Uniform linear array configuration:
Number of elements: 32
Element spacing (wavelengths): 0.25
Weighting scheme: exponential
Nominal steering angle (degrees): -15
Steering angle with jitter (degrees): -15.649
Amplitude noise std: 0.05
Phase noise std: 0.05

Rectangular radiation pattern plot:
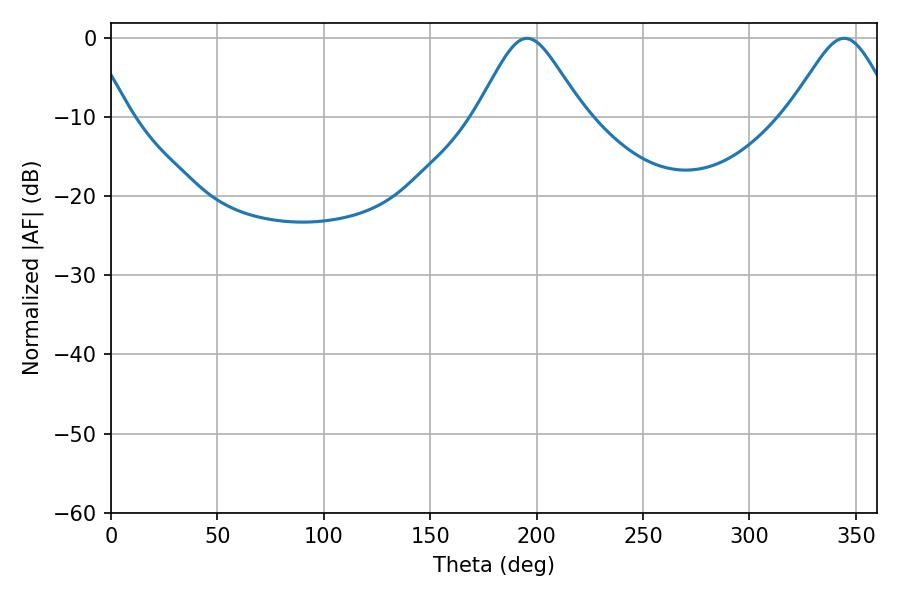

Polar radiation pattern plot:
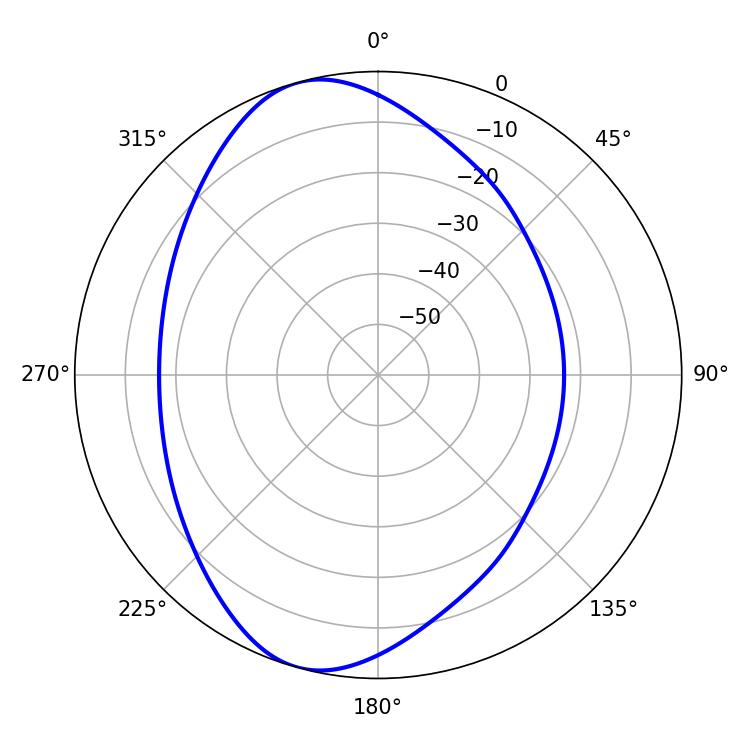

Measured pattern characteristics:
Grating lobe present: FALSE
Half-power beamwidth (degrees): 24.48
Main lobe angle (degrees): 195.48